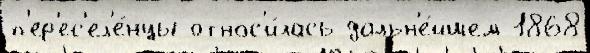
п'ер'ес'ел'е́нцы относ'и́лась дальн'е́йшем 1868